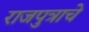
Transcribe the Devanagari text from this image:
राजपुत्राचे